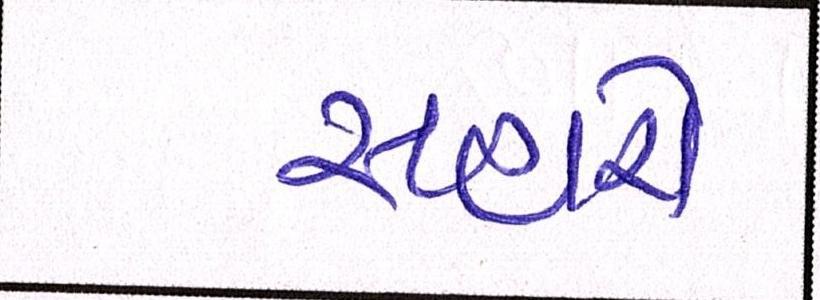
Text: સહારો